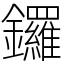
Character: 鑼